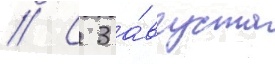
// С 3 а́вгуста